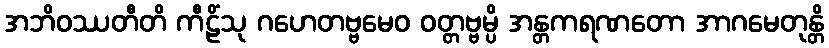
အဘိဝဿတီတိ ကီဠိံသု ဂဟေတဗ္ဗမေဝ ဝတ္တဗ္ဗမ္ပိ အန္တကရဏတော အာဂမေတုန္တိ